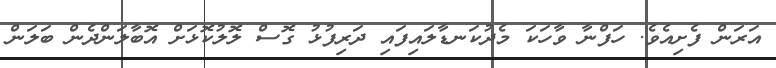
އަރަން ފެށިއެވެ. ހަފްނާ ވާހަކަ މެދުކަނޑާލައިފައި ދަރިފުޅު ގޮސް ލޮލުކޮޅަށް އޮބާލަންދެން ބަލަން